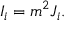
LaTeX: I _ { i } = m ^ { 2 } J _ { i } .